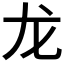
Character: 龙